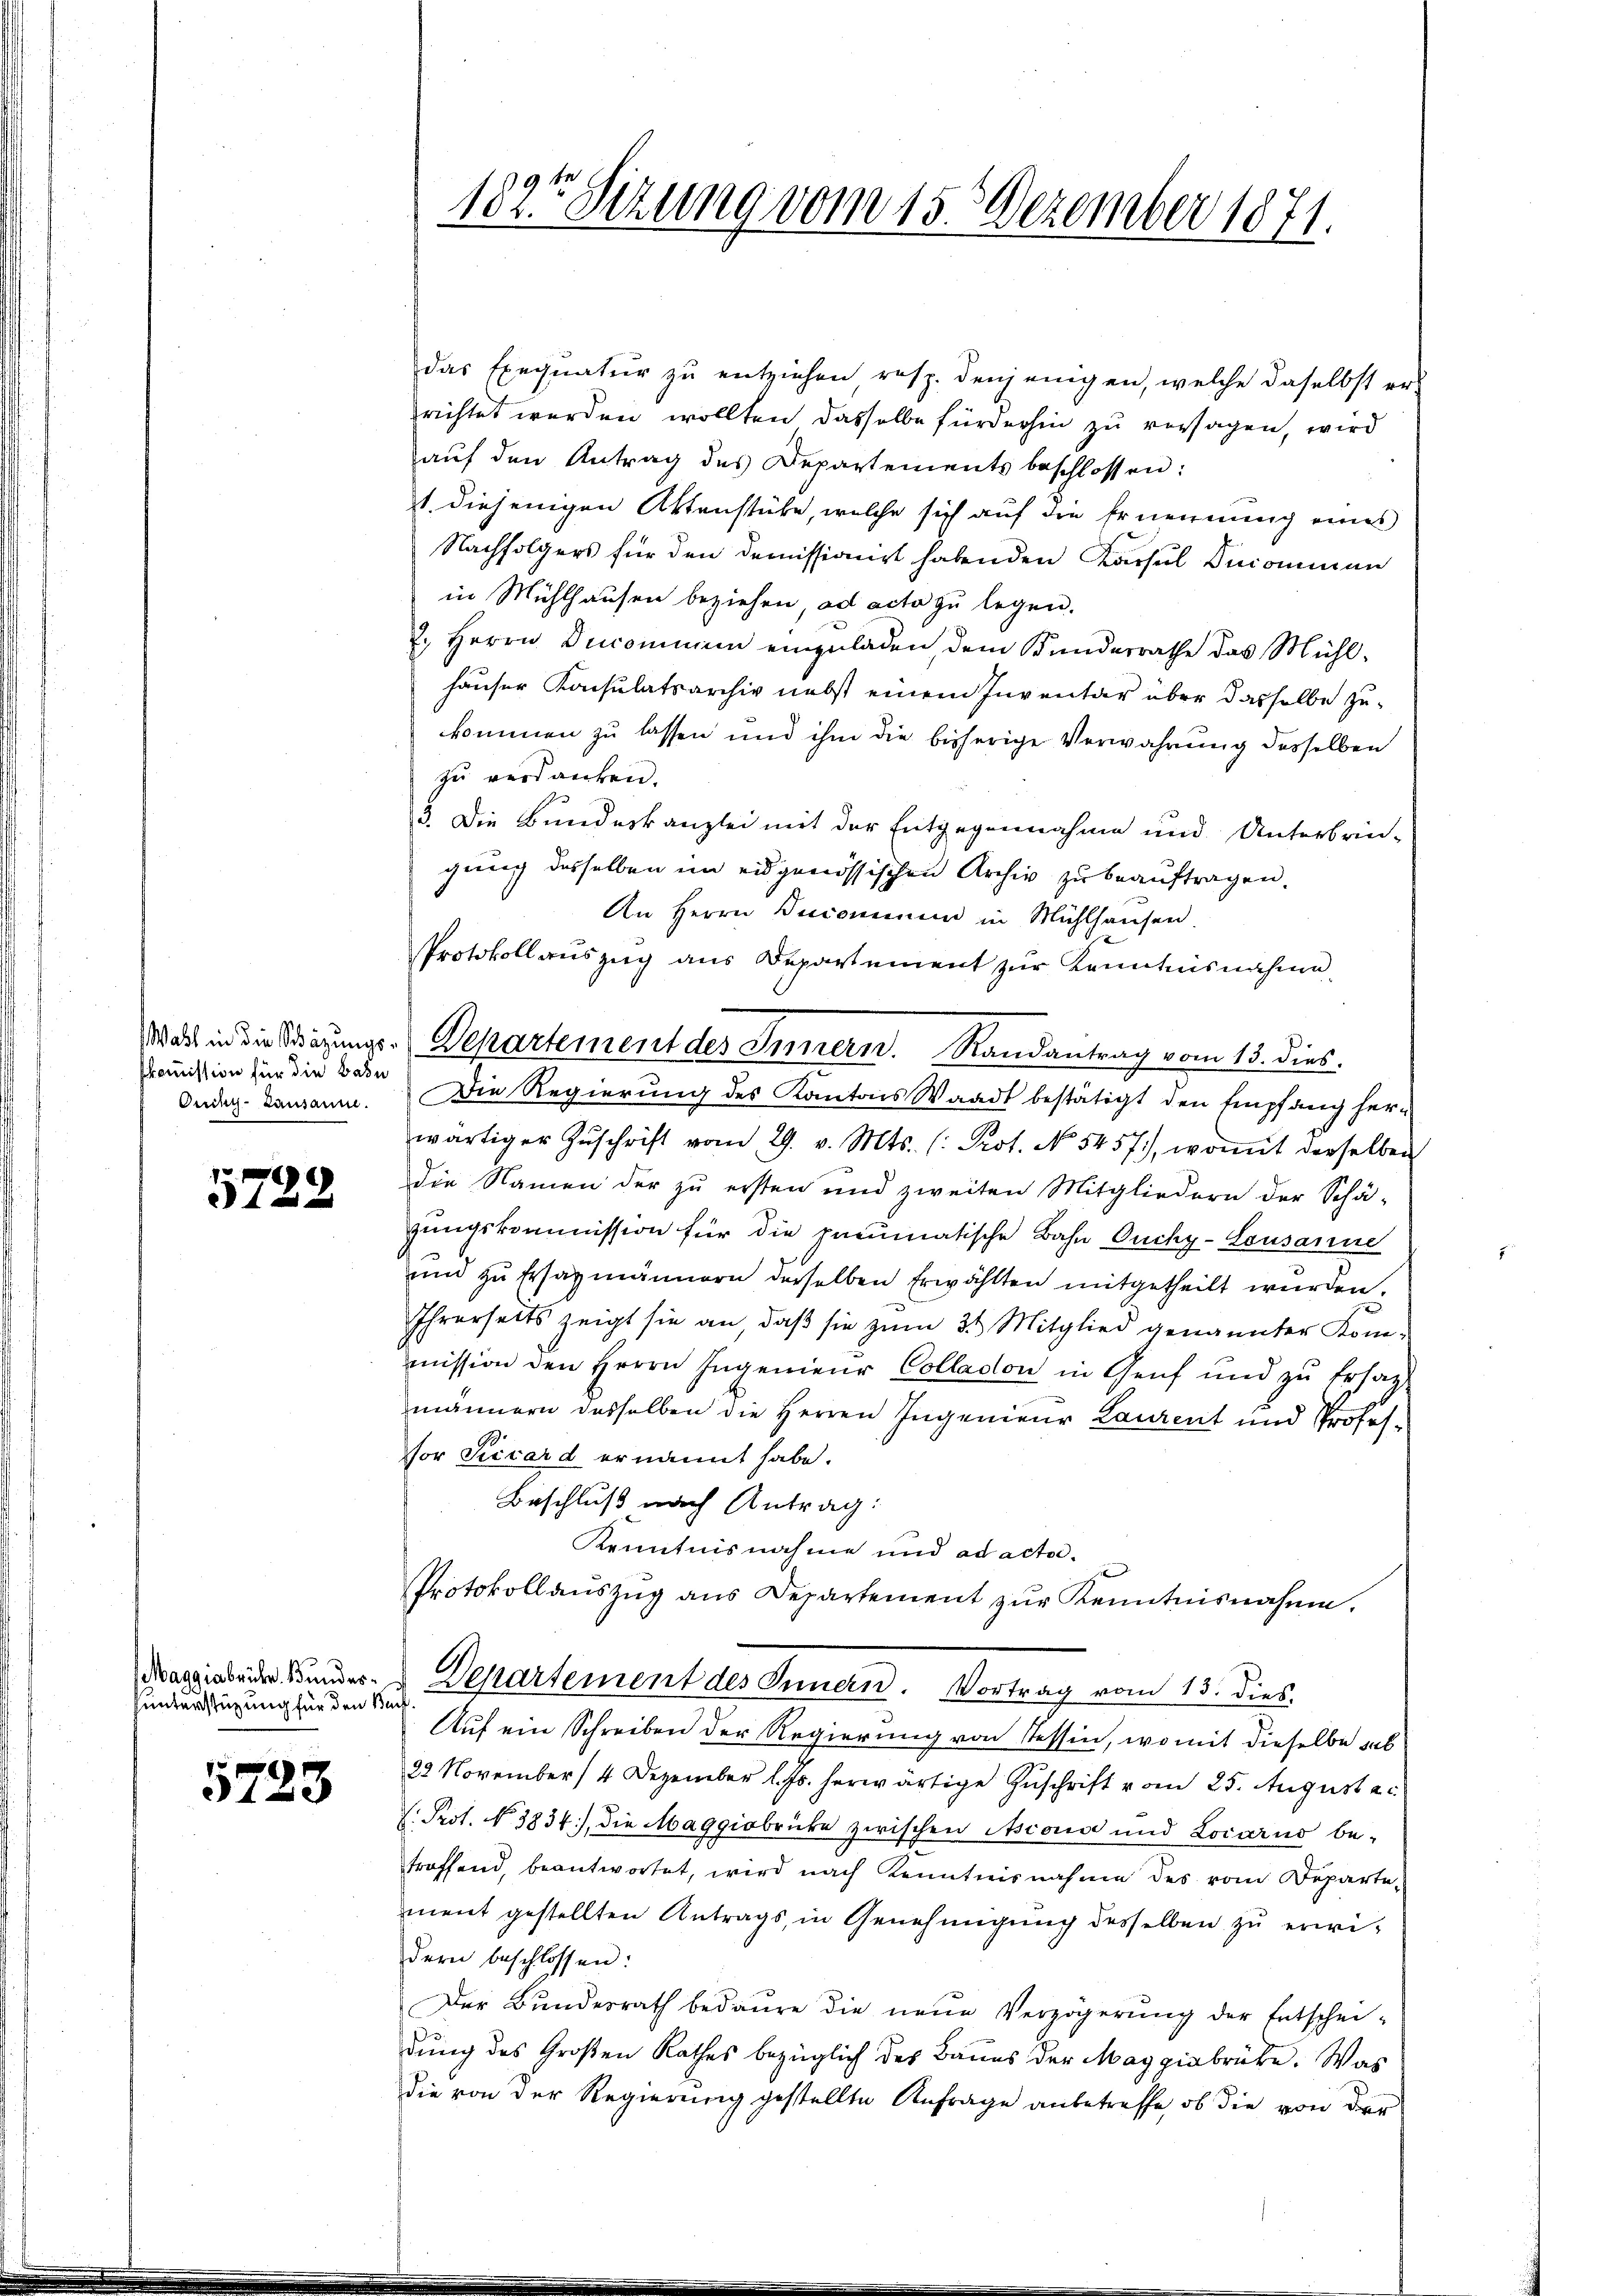
skommission für die Bahn

f
4

39

sunterstüzung für den Bauf

5723

das Exequatur zŭ entziehen resp. denjenigen, welche daselbst er-
richtet werden wollten dasselbe fürderhin zu versagen, wird
aŭf den Antrag des Departements beschlossen:
1. diejenigen Aktenstübe, welche sich auf die Ernennung eines
Nachfolgers für den demissionist habenden Kassel Incominan
in Mühlhausen beziehen, ad acta zu legen.
2. Herrn Ducominien einzuladen, dem Kunderrathe das Mühlhäuser Konsulatsarchiv nebst einem Inventar über dasselbe zukommen zu lassen und ihm die bisherige Verwahrung desselben
zu verdanken.
3. Die Bundeskanzlei mit der Entgegennahme und Unterbrin-
gung desselben im eidgenössischen Archiv zu beauftragen.
An Herrn Decominen in Mühlhausen.
Protokollauszug aus Departement zur Kenntnisnahme
Ondeg-Tamann. Die Regierung des Kantons Waadt bestätigt den Empfang herwärtiger Zŭschrift vom 29. v. Mts. (: Prot. No 5457), womit derselben
die Namen der zu ersten und zweiten Mitgliedern der Schä-
zungskommission für die pneumatische Bahn Ouchy-Lousanne
und zu Ersatzmännern derselben Erwählten mitgetheilt wurden.
Ihrerseits zeigt sie an, daβ sie zŭm 3 Mitglied genannter Kom-
mission den Herrn Ingenieur Colladon in Genf und zu Ersatz
männern desselben die Herren Ingenieur Laurent und Professor Seicard ernannt habe.
Beschluß nach Antrag:
Kenntnisnahme und ad acto¬
Protokollaŭszŭg ans Departement zŭr Kenntnisnahme.
Maggia beider Bundes- u. Departement des Innern. Vortrag vom 15. dies
Auf ein Schreiben der Regierung von Tessin, womit dieselbe ab
22 November 14 Dezember l. Js. herwärtige Zuschrift vom 25. August ei
h. Prot. N. 3834), die Maggiobricke zwischen Ascono und Locarno be-
troffend, beantwortet, wird nach Kenntnisnahme des vom Departement gestellten Antrags, in Genehmigung desselben zu erwidern beschlossen:
Der Bundesrath bedaure die neue Verzögerŭng der Entschei-
dung des Großen Rathes bezüglich des Baues der Maggiabrüte. Was
die von der Regierung gestellte Anfrage anbetreffe, ob die von der

1825 Sezung vom 15. Dezember 1871.

Was in die Strazungs-Departement des Innern. Randantrag vom 15. dies.